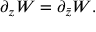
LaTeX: \partial _ { z } W = \partial _ { \bar { z } } W .